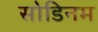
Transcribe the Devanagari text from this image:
सोडिनम